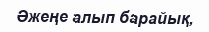
Әжеңе алып барайық,